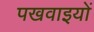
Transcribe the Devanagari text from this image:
पखवाइयों